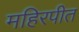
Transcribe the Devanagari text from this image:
महिरपीत